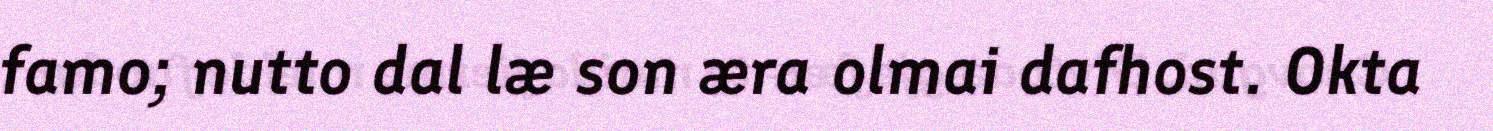
famo; nutto dal læ son æra olmai dafhost. Okta